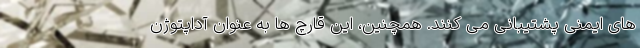
های ایمنی پشتیبانی می کنند. همچنین، این قارچ ها به عنوان آداپتوژن